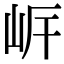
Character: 㟁